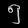
Digit: ၅